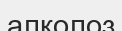
алколоз